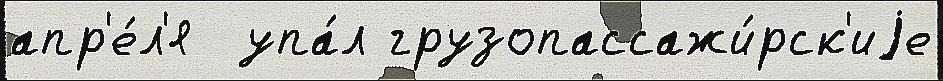
апр'е́л'я  упа́л грузопассажи́рск'иjе